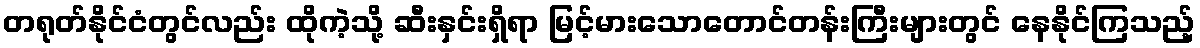
တရုတ်နိုင်ငံတွင်လည်း ထိုကဲ့သို့ ဆီးနှင်းရှိရာ မြင့်မားသောတောင်တန်းကြီးများတွင် နေနိုင်ကြသည့်